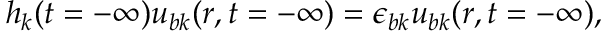
\begin{array} { r } { h _ { \boldsymbol k } ( t = - \infty ) u _ { b \boldsymbol k } ( \boldsymbol r , t = - \infty ) = \epsilon _ { b \boldsymbol k } u _ { b \boldsymbol k } ( \boldsymbol r , t = - \infty ) , } \end{array}